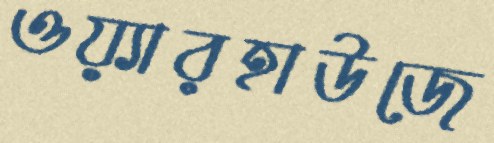
ওয়্যারহাউজে